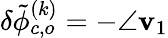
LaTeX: \delta\tilde{\phi}_{c,o}^{(k)}=-\angle\mathbf{v}_{1}